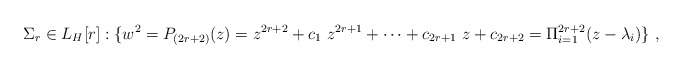
\begin{align*}\Sigma_r \in L_H[r]:\{w^2=P_{(2r+2)}(z)= z^{2r+2}+c_1\ z^{2r+1}+\cdots +c_{2r+1}\ z + c_{2r+2}=\Pi_{i=1}^{2r+2} (z-\lambda_i)\}\ ,\end{align*}